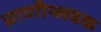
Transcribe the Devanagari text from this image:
प्राणीप्लवक